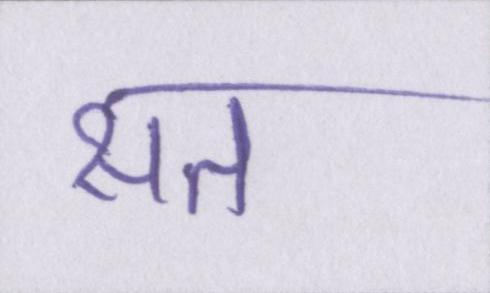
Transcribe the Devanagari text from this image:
सत